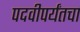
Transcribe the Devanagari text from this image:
पदवीपर्यंतचा